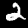
Digit: 2